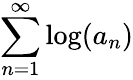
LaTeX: \sum_{n=1}^{\infty}\log(a_{n})